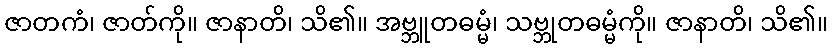
ဇာတကံ၊ ဇာတ်ကို။ ဇာနာတိ၊ သိ၏။ အဗ္ဘူတဓမ္မံ၊ သဗ္ဘုတဓမ္မံကို။ ဇာနာတိ၊ သိ၏။